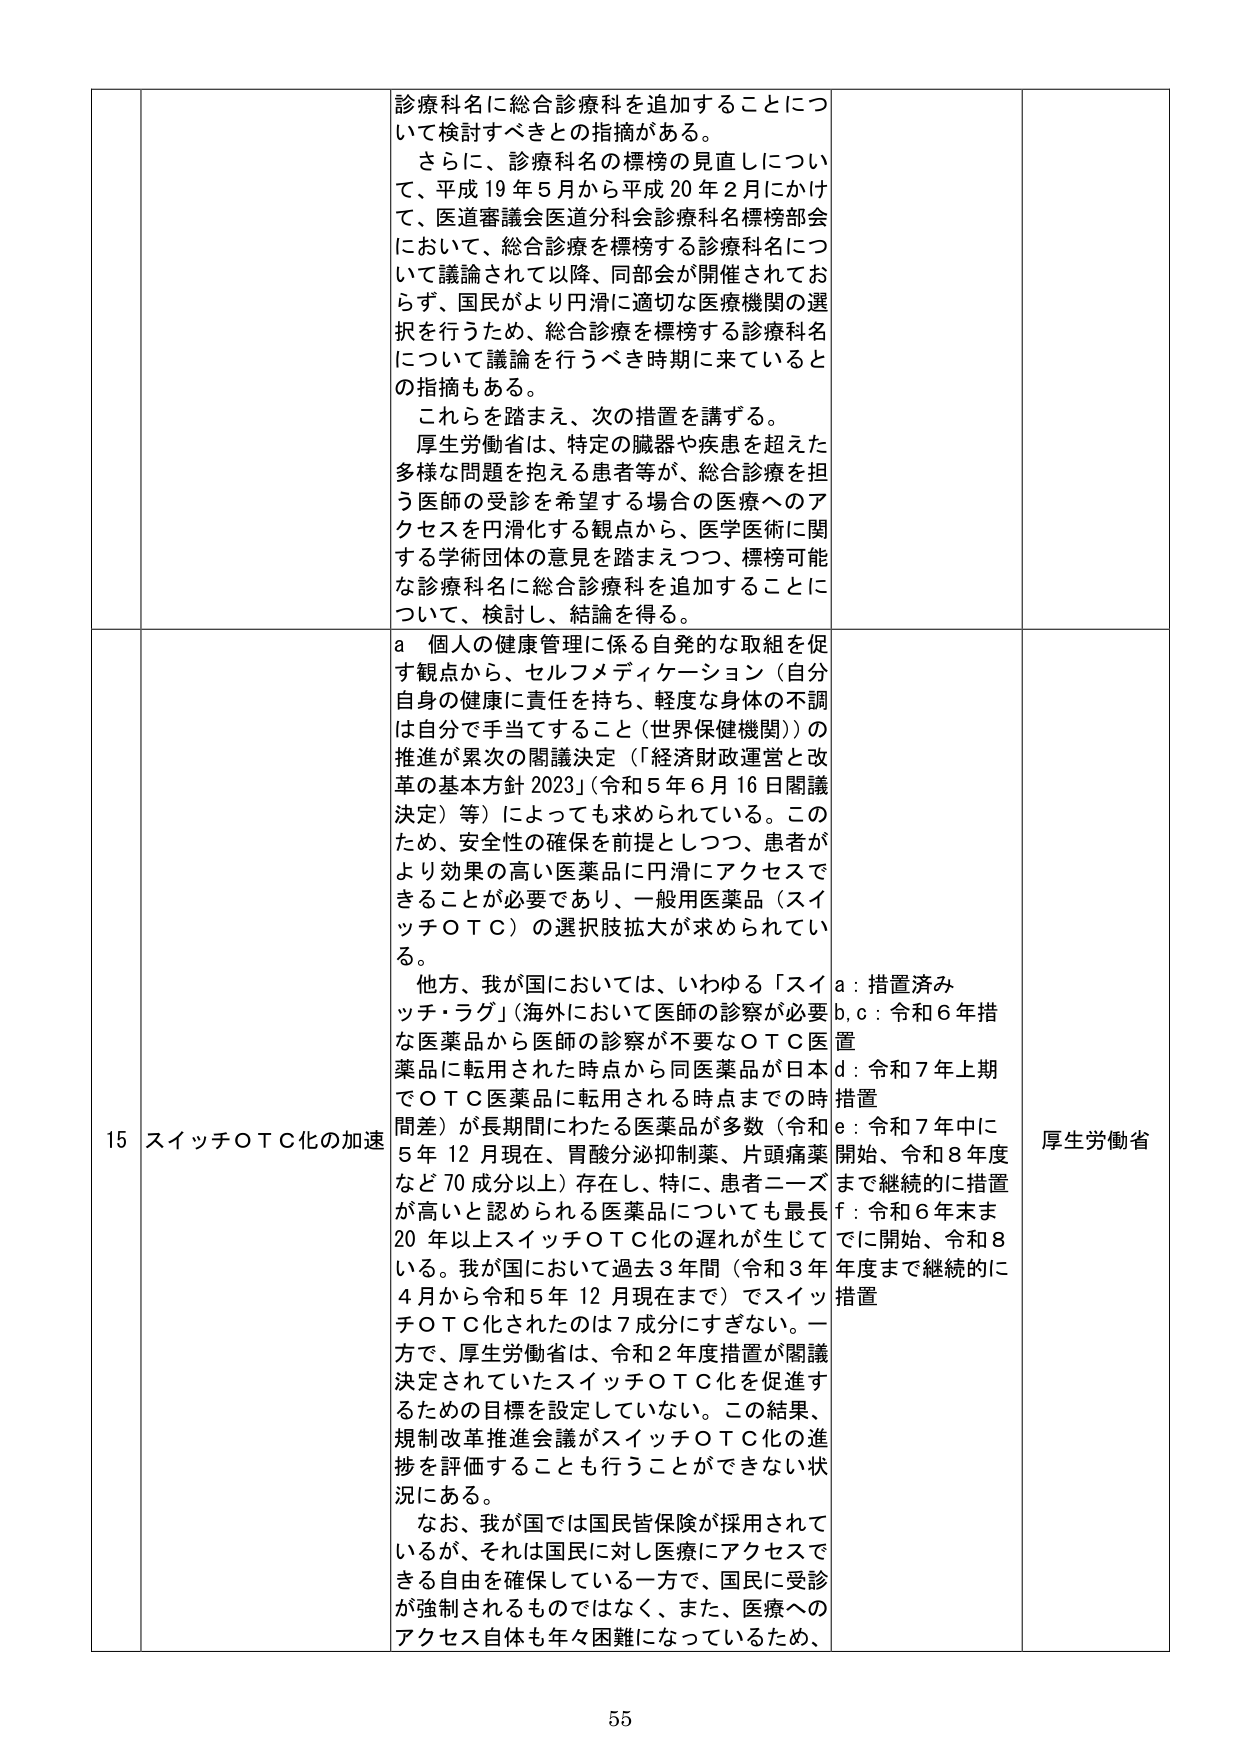
診療科名に総合診療科を追加することについて検討すべきとの指摘がある。

さらに、診療科名の標榜の見直しについて、平成19年5月から平成20年2月にかけて、医道審議会医道分科会診療科名標榜部会において、総合診療を標榜する診療科名について議論されて以降、同部会が開催されておらず、国民がより円滑に適切な医療機関の選択を行うため、総合診療を標榜する診療科名について議論を行うべき時期に来ているとの指摘もある。

これらを踏まえ、次の措置を講ずる。

厚生労働省は、特定の臓器や疾患を超えた多様な問題を抱える患者等が、総合診療を担う医師の受診を希望する場合の医療へのアクセスを円滑化する観点から、医学医術に関する学術団体の意見を踏まえつつ、標榜可能な診療科名に総合診療科を追加することについて、検討し、結論を得る。

15 スイッチＯＴＣ化の加速

a 個人の健康管理に係る自発的な取組を促す観点から、セルフメディケーション（自分自身の健康に責任を持ち、軽度な身体の不調は自分で手当てすること（世界保健機関））の推進が累次の閣議決定（「経済財政運営と改革の基本方針2023」（令和5年6月16日閣議決定）等）によっても求められている。このため、安全性の確保を前提としつつ、患者がより効果の高い医薬品に円滑にアクセスできることが必要であり、一般用医薬品（スイッチＯＴＣ）の選択肢拡大が求められている。

他方、我が国においては、いわゆる「スイッチ・ラグ」（海外において医師の診察が必要な医薬品から医師の診察が不要なＯＴＣ医薬品に転用された時点から同医薬品が日本でＯＴＣ医薬品に転用される時点までの時間差）が長期間にわたる医薬品が多数（令和5年12月現在、胃酸分泌抑制薬、片頭痛薬など70成分以上）存在し、特に、患者ニーズが高いと認められる医薬品についても最長20年以上スイッチＯＴＣ化の遅れが生じている。我が国において過去3年間（令和3年4月から令和5年12月現在まで）でスイッチＯＴＣ化されたのは7成分にすぎない。一方で、厚生労働省は、令和2年度措置が閣議決定されていたスイッチＯＴＣ化を促進するための目標を設定していない。この結果、規制改革推進会議がスイッチＯＴＣ化の進捗を評価することも行うことができない状況にある。

なお、我が国では国民皆保険が採用されているが、それは国民に対し医療にアクセスできる自由を確保している一方で、国民に受診が強制されるものではなく、また、医療へのアクセス自体も年々困難になっているため、

a：措置済み
b, c：令和6年措置
d：令和7年上期措置
e：令和7年中に開始、令和8年度まで継続的に措置
f：令和6年末までに開始、令和8年度まで継続的に措置

厚生労働省

55